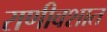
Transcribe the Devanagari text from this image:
राणीवशात